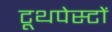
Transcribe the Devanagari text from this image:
टूथपेस्टों